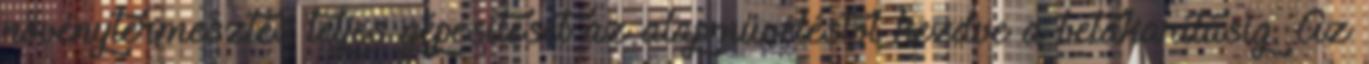
növénytermesztés teljes gépesítését az alapműveléstől kezdve a betakarításig. Az